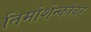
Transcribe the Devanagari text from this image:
तिमोशेन्कोवर